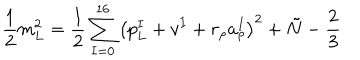
LaTeX: \frac { 1 } { 2 } m _ { L } ^ { 2 } = \frac { 1 } { 2 } \sum _ { I = 0 } ^ { 1 6 } \left( p _ { L } ^ { I } + v ^ { I } + r _ { \rho } a _ { \rho } ^ { I } \right) ^ { 2 } + \tilde { N } - \frac { 2 } { 3 }